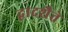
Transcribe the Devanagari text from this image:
द्वादशैते